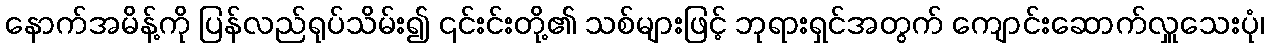
နောက်အမိန့်ကို ပြန်လည်ရုပ်သိမ်း၍ ၎င်းင်းတို့၏ သစ်များဖြင့် ဘုရားရှင်အတွက် ကျောင်းဆောက်လှူသေးပုံ၊